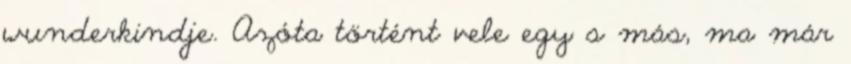
wunderkindje. Azóta történt vele egy s más, ma már